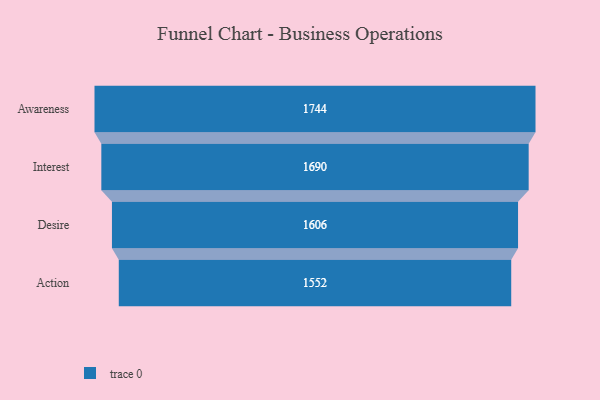
{"axis": {"x": "Stage", "y": "Value"}, "legend": [""], "data": [{"x": "Awareness", "y": 1744.0, "type": ""}, {"x": "Interest", "y": 1690.0, "type": ""}, {"x": "Desire", "y": 1606.0, "type": ""}, {"x": "Action", "y": 1552.0, "type": ""}]}